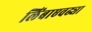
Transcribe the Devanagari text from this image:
लिंबाएवढ्या